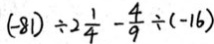
( - 8 1 ) \div 2 \frac { 1 } { 4 } - \frac { 4 } { 9 } \div ( - 1 6 )